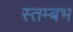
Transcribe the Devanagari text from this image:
स्तम्बभ